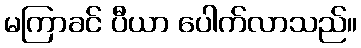
မကြာခင် ပီယာ ပေါက်လာသည်။